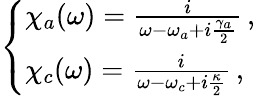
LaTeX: \begin{array}{r}{\left\{ \begin{array}{ll}{\chi_{a}(\omega)=\frac{i}{\omega-\omega_{a}+i\frac{\gamma_{a}}{2}}\, ,}\\ {\chi_{c}(\omega)=\frac{i}{\omega-\omega_{c}+i\frac{\kappa}{2}}\, ,}\end{array}\right.\, }\end{array}